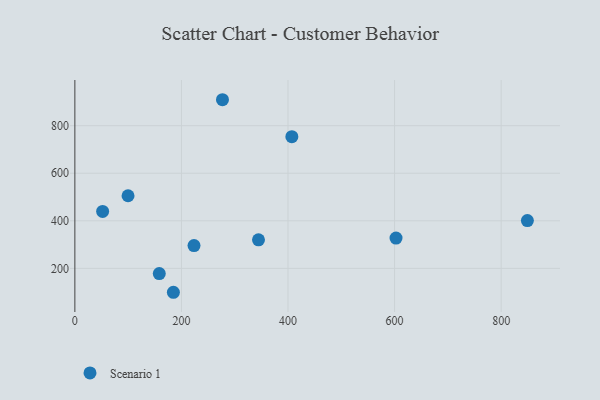
{"axis": {"x": "Experience", "y": "Salary"}, "legend": ["Scenario 1"], "data": [{"x": "184.9", "y": 99.6, "type": "Scenario 1"}, {"x": "344.6", "y": 320.2, "type": "Scenario 1"}, {"x": "602.7", "y": 327.5, "type": "Scenario 1"}, {"x": "99.8", "y": 505.5, "type": "Scenario 1"}, {"x": "849.2", "y": 401.1, "type": "Scenario 1"}, {"x": "277.0", "y": 909.1, "type": "Scenario 1"}, {"x": "52.1", "y": 439.3, "type": "Scenario 1"}, {"x": "158.4", "y": 178.2, "type": "Scenario 1"}, {"x": "407.2", "y": 753.6, "type": "Scenario 1"}, {"x": "223.6", "y": 295.9, "type": "Scenario 1"}]}